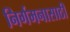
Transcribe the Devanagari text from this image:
निर्गमनासाठी